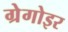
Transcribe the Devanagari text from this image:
ग्रेगोइर